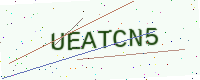
Text: UEATCN5